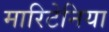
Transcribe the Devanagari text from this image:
मारिटेनिया